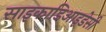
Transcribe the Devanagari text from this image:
साइकाडिआइडेसी